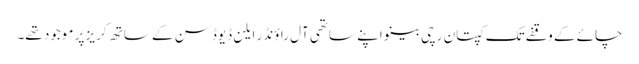
چائے کے وقفے تک کپتان رچی بینو اپنے ساتھی آل راؤنڈر ایلن ڈیوڈسن کے ساتھ کریز پر موجود تھے۔